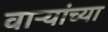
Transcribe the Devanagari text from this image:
वाऱ्यांच्या